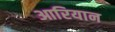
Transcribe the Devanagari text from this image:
आरियान